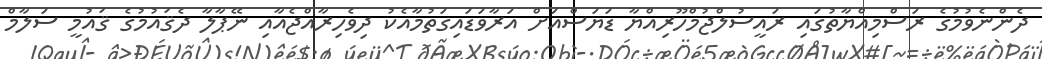
ދެންނެވުމުގެ ރަސްމިއްޔާތުގައި ރައީސުލްޖުމްހޫރިއްޔާ ޑަޔަސްއަށް އަރާވަޑައިގަތުމާއެކު ދިވެހިރާއްޖެއާއި ނޭޕާލާ ދެޤައުމުގެ ޤައުމީ ސަލާމް